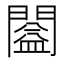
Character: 𨶂